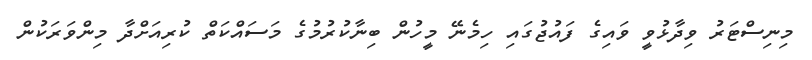
މިނިސްޓަރު ވިދާޅުވީ ވައިގެ ފައުޖުގައި ހިމެނޭ މީހުން ބިނާކުރުމުގެ މަސައްކަތް ކުރިއަށްދާ މިންވަރަކުން